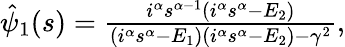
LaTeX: \begin{array}{r}{\hat{\psi}_{1}(s)=\frac{i^{\alpha}s^{\alpha-1}\left(i^{\alpha}s^{\alpha}-E_{2}\right)}{\left(i^{\alpha}s^{\alpha}-E_{1}\right)\left(i^{\alpha}s^{\alpha}-E_{2}\right)-\gamma^{2}},}\end{array}